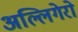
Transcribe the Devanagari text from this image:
अल्लिगेरो